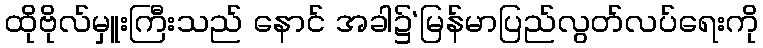
ထိုဗိုလ်မှူးကြီးသည် နောင် အခါ၌‘မြန်မာပြည်လွတ်လပ်ရေးကို